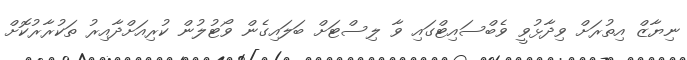
ނިޔާޒް އިތުރަށް ވިދާޅުވީ ވެބްސައިޓްގައި ވާ ލިސްޓަށް ބަލައިގެން ވޯޓުލުން ކުރިއަށްދާއިރު ތަކުރާރުކޮށް